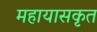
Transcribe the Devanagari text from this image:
महायासकृत